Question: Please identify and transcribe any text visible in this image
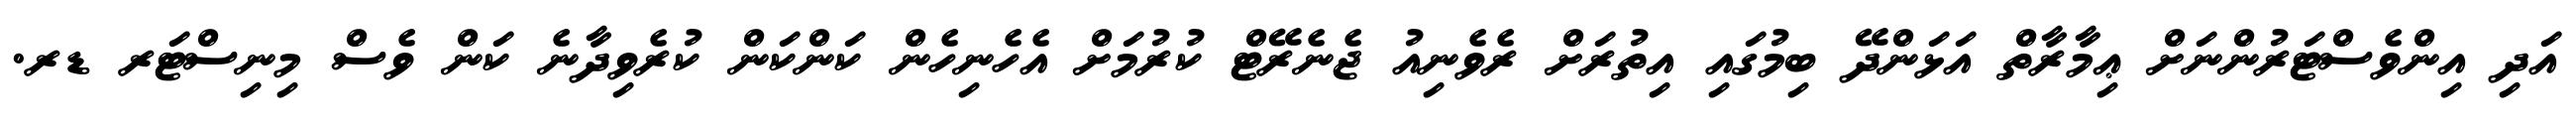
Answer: އަދި އިންވެސްޓަރުންނަށް ޢިމާރާތް އަޅަންދޭ ބިމުގައި އިތުރަށް ރެވެނިއު ޖެނެރޭޓް ކުރުމަށް އެހެނިހެން ކަންކަން ކުރެވިދާނެ ކަން ވެސް މިނިސްޓަރ ޑރ.